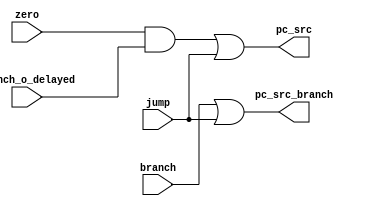
`timescale 1ns / 1ps
//////////////////////////////////////////////////////////////////////////////////
// Company: 
// Engineer: 
// 
// Design Name: 
// Module Name: jump_branch
// Project Name: 
// Target Devices: 
// Tool Versions: 
// Description: 
// 
// Dependencies: 
// 
// Revision:
// Revision 0.01 - File Created
// Additional Comments:
// 
//////////////////////////////////////////////////////////////////////////////////


module jump_branch(
    input zero,
    input branch,
    input jump,
    input branch_o_delayed,
    output pc_src,
    output pc_src_branch
    );
    assign pc_src = ((zero&branch_o_delayed)|jump);
//    assign pc_src = (branch | jump);
//  assign pc_src_branch = ((zero&branch)|jump) | branch_o_delayed;
    assign pc_src_branch = (branch | jump);
//    assign pc_src_branch = (branch_o_delayed | jump);

endmodule